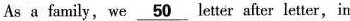
As afamily，we\underline{50}letter after letter，in